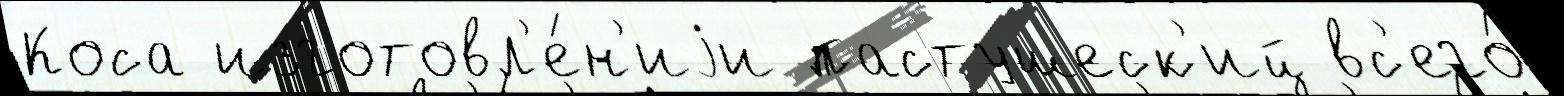
Коса изготовл'е́н'иjи пастушеск'ий вс'его́